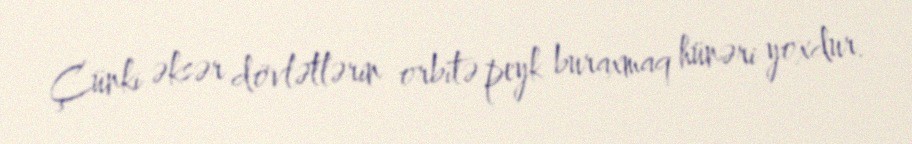
Çünki əksər dövlətlərin orbitə peyk buraxmaq hünəri yoxdur.